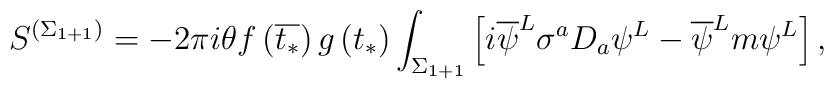
S^{\left( \Sigma _{1+1}\right) }=-2\pi i\theta f\left( \overline{t_{*}}\right) g\left( t_{*}\right) \int _{\Sigma _{1+1}}\left[ i\overline{\psi }^{L}\sigma ^{a}D_{a}\psi ^{L}-\overline{\psi }^{L}m\psi ^{L}\right] ,